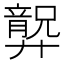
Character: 𱝗